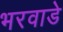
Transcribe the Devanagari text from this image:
भरवाडे